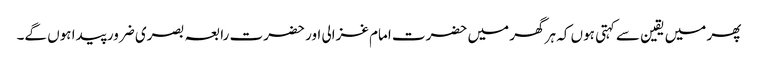
پھر میں یقین سے کہتی ہوں کہ ہر گھر میں حضرت امام غزالی اور حضرت رابعہ بصری ضرور پیدا ہوں گے۔